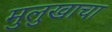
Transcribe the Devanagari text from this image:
मुलुखाचा